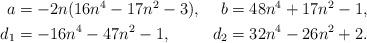
LaTeX: \begin{align*}\begin{aligned}a &= -2n(16n^4-17n^2-3),& b& = 48n^4+17n^2-1, \\d_1& = -16n^4-47n^2-1, &d_2& = 32n^4-26n^2+2. \end{aligned}\end{align*}